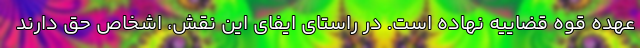
عهده قوه قضاییه نهاده است. در راستای ایفای این نقش، اشخاص حق دارند